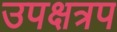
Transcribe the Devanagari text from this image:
उपक्षत्रप